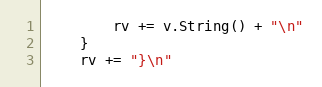
Language: Go
		rv += v.String() + "\n"
	}
	rv += "}\n"